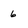
Character: 6